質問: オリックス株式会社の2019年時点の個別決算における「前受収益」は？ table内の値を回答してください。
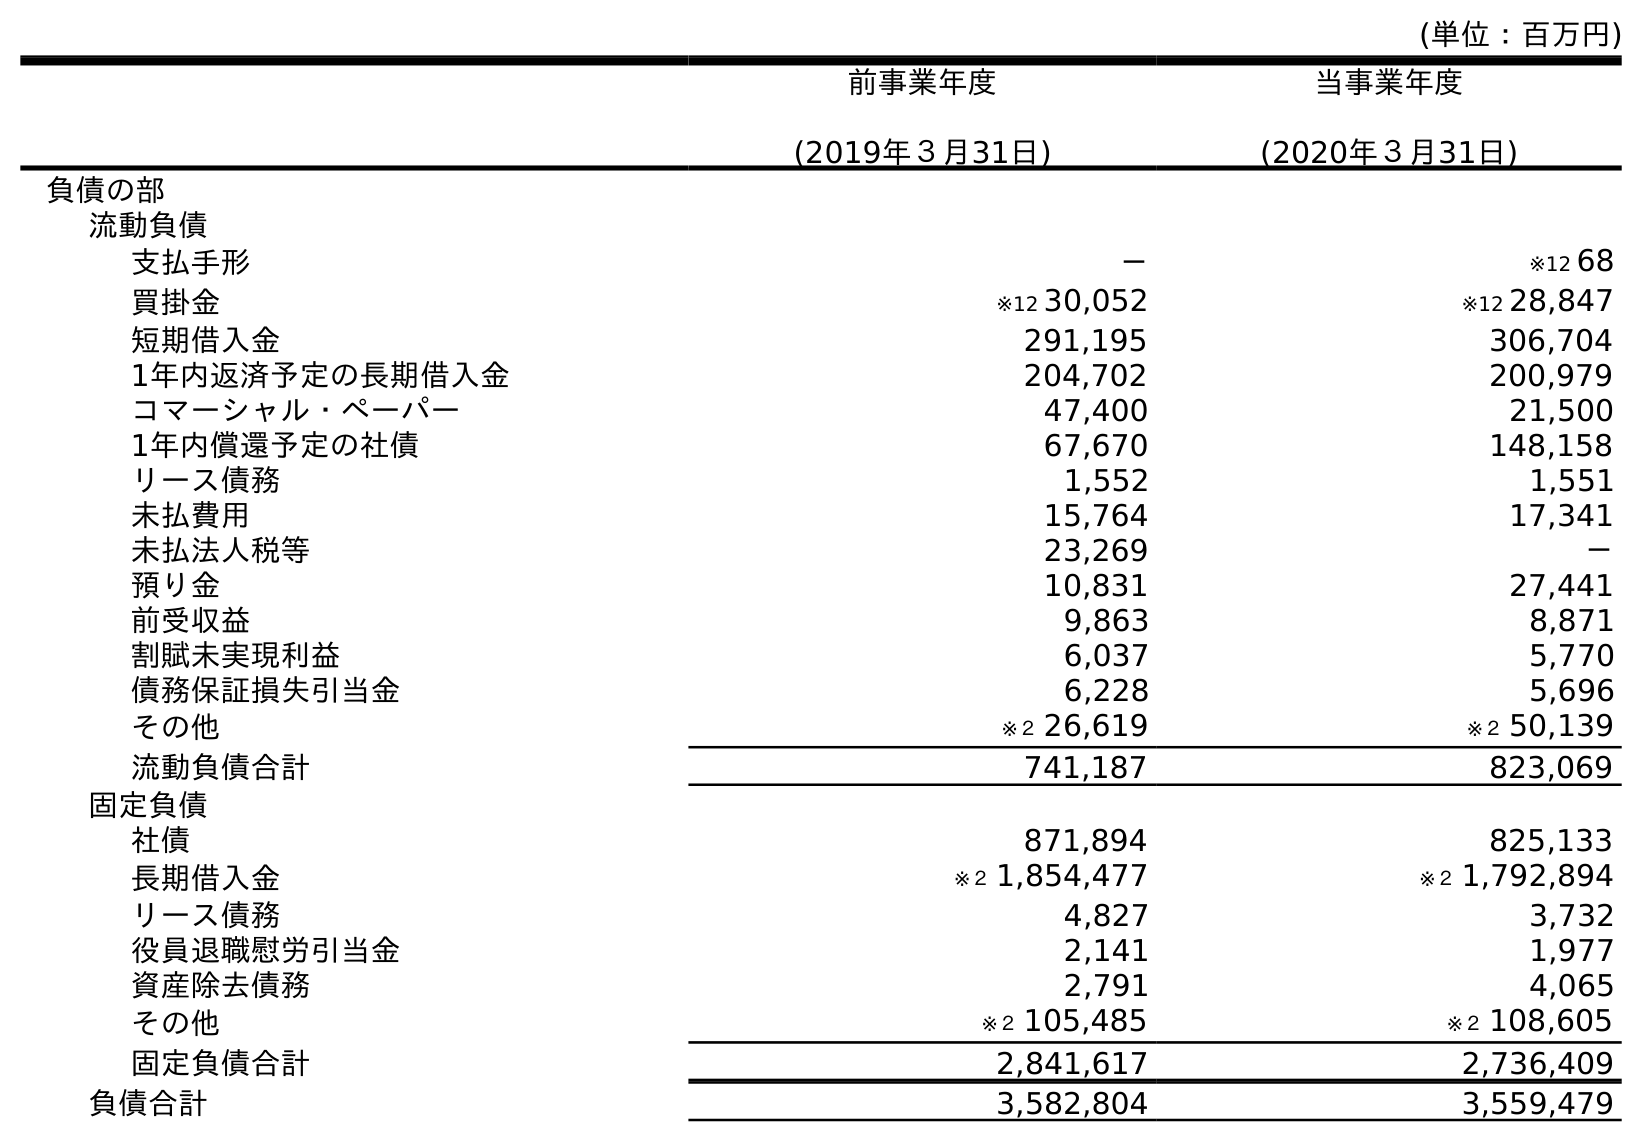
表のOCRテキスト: (単位：百万円) 前事業年度 (2019年３月31日) 当事業年度 (2020年３月31日) 負債の部 流動負債 支払手形 － ※12 68 買掛金 ※12 30,052 ※12 28,847 短期借入金 291,195 306,704 1年内返済予定の長期借入金 204,702 200,979 コマーシャル・ペーパー 47,400 21,500 1年内償還予定の社債 67,670 148,158 リース債務 1,552 1,551 未払費用 15,764 17,341 未払法人税等 23,269 － 預り金 10,831 27,441 前受収益 9,863 8,871 割賦未実現利益 6,037 5,770 債務保証損失引当金 6,228 5,696 その他 ※２ 26,619 ※２ 50,139 流動負債合計 741,187 823,069 固定負債 社債 871,894 825,133 長期借入金 ※２ 1,854,477 ※２ 1,792,894 リース債務 4,827 3,732 役員退職慰労引当金 2,141 1,977 資産除去債務 2,791 4,065 その他 ※２ 105,485 ※２ 108,605 固定負債合計 2,841,617 2,736,409 負債合計 3,582,804 3,559,479
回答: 9,863